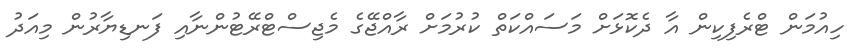
ހިއުމަން ޓްރެފިކިން އާ ދެކޮޅަށް މަސައްކަތް ކުރުމަށް ރާއްޖޭގެ މެޖިސްޓްރޭޓުންނާއި ފަނޑިޔާރުން މިއަދު